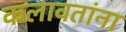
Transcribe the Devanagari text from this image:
कलावतांना